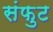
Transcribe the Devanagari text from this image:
संफुट